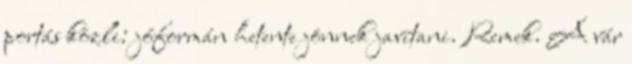
portás közli: jóformán hetente jönnek javítani. Remek. A vár